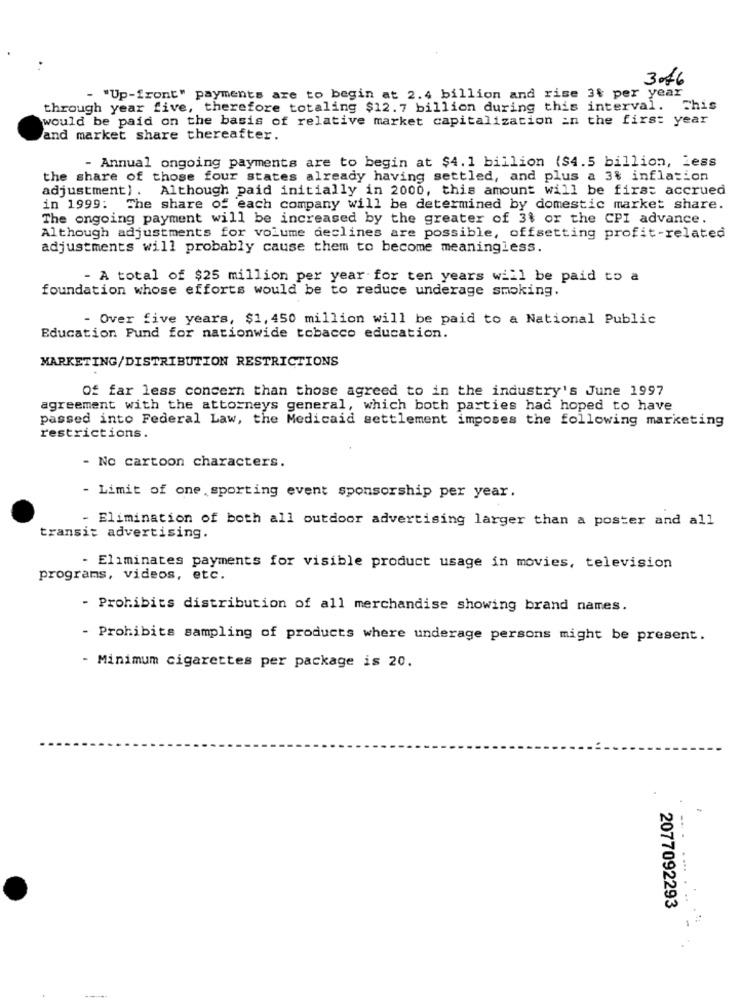
346
- "Up-front" payments are to begin at 2.4 billion and rise 3% per year
through year five, therefore totaling $12. 7 billion during this interval. This
would be paid on the basis of relative market capitalization in the first year
and market share thereafter.
- Annual ongoing payments are to begin at $4.1 billion ($4.5 billion, Less
the share of those four states already having settled, and plus a 3% inflation
adjustment) . Although paid initially in 2000, this amount will be first accrued
in 1999: The share of each company will be determined by domestic market share.
The ongoing payment will be increased by the greater of 3$ or the CPI advance.
Although adjustments for volume declines are possible, offsetting profit-related
adjustments will probably cause them to become meaningless.
- A total of $25 million per year for ten years will be paid to a
foundation whose efforts would be to reduce underage smoking.
- Over five years, $1, 450 million will be paid to a National Public
Education Fund for nationwide tobacco education.
MARKETING/DISTRIBUTION RESTRICTIONS
Of far less concern than those agreed to in the industry's June 1997
agreement with the attorneys general, which both parties had hoped to have
passed into Federal Law, the Medicaid settlement imposes the following marketing
restrictions.
- No cartoon characters.
- Limit of one,sporting event sponsorship per year.
- Elimination of both all outdoor advertising larger than a poster and all
transit advertising.
- Eliminates payments for visible product usage in movies, television
programs, videos, etc.
- Prohibits distribution of all merchandise showing brand names.
- Prohibits sampling of products where underage persons might be present.
- Minimum cigarettes per package is 20.
-. .
. ...
2077092293